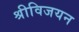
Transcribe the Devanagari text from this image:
श्रीविजयन